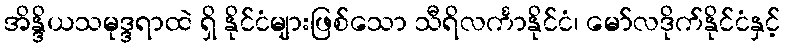
အိန္ဒိယသမုဒ္ဒရာထဲ ရှိ နိုင်ငံများဖြစ်သော သီရိလင်္ကာနိုင်ငံ၊ မော်လဒိုက်နိုင်ငံနှင့်